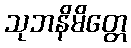
သုဘနိမိတ္တေ